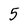
Character: 5